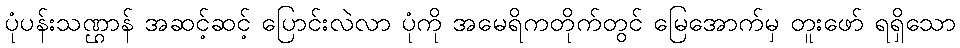
ပုံပန်းသဏ္ဌာန် အဆင့်ဆင့် ပြောင်းလဲလာ ပုံကို အမေရိကတိုက်တွင် မြေအောက်မှ တူးဖော် ရရှိသော